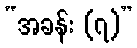
“အခန်း (၇)”